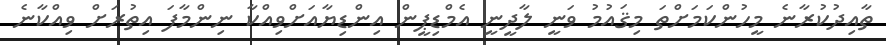
ތާއިދުކުރާނެ މީހުންކަމަށްތަ މިޤައުމު ވަނީ ލާދީނީ އެމްޑިޕީން އިންޑިޔާއަށްވިއްކާ ނިންމާފަ އިތުރަށް ވިއްކާނެ